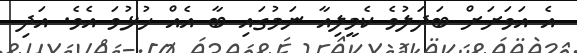
އެ އަވަށަށް ބަދަލުވެ ކެމީލިއާ ނަމުގައި ބާ އެއް ހުޅުވަ އެވެ. އަދި